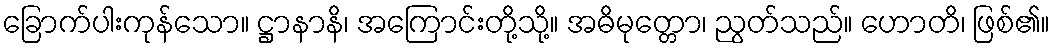
ခြောက်ပါးကုန်သော။ ဋ္ဌာနာနိ၊ အကြောင်းတို့သို့။ အဓိမုတ္တော၊ ညွတ်သည်။ ဟောတိ၊ ဖြစ်၏။